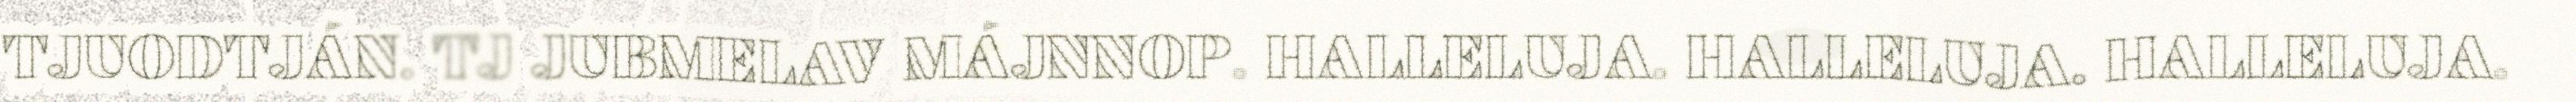
TJUODTJÁN. TJ JUBMELAV MÁJNNOP. HALLELUJA. HALLELUJA. HALLELUJA.